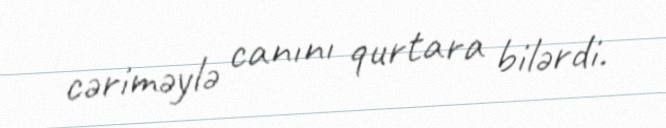
cəriməylə canını qurtara bilərdi.